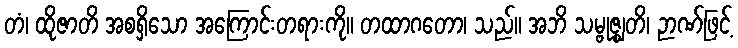
တံ၊ ထိုဇာတိ အစရှိသော အကြောင်းတရားကို။ တထာဂတော၊ သည်။ အဘိ သမ္ဗုဇ္ဈတိ၊ ဉာဏ်ဖြင့်